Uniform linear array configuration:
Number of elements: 24
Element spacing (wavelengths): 1
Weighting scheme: cosine
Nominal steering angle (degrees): -15
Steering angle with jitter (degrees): -14.668
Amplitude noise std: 0.05
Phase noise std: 0.05

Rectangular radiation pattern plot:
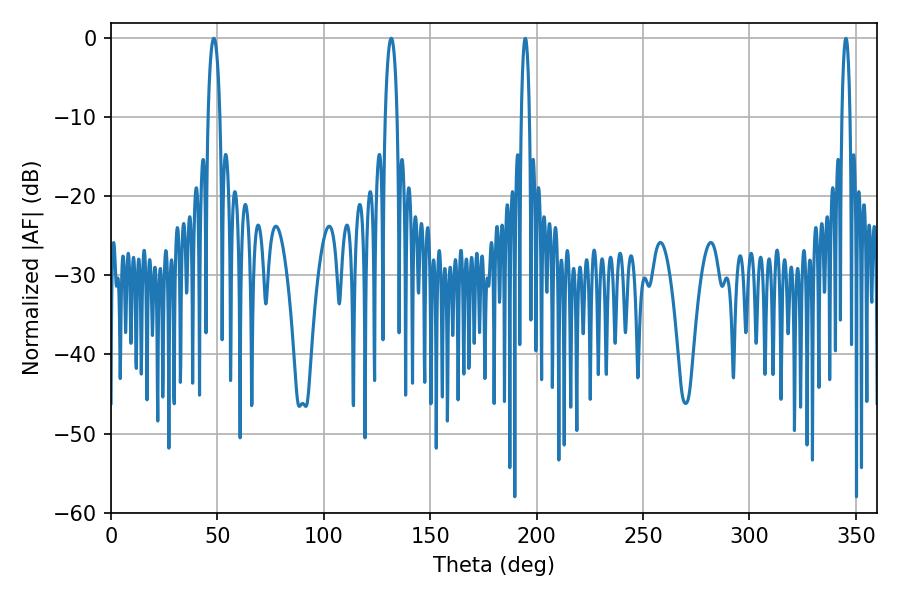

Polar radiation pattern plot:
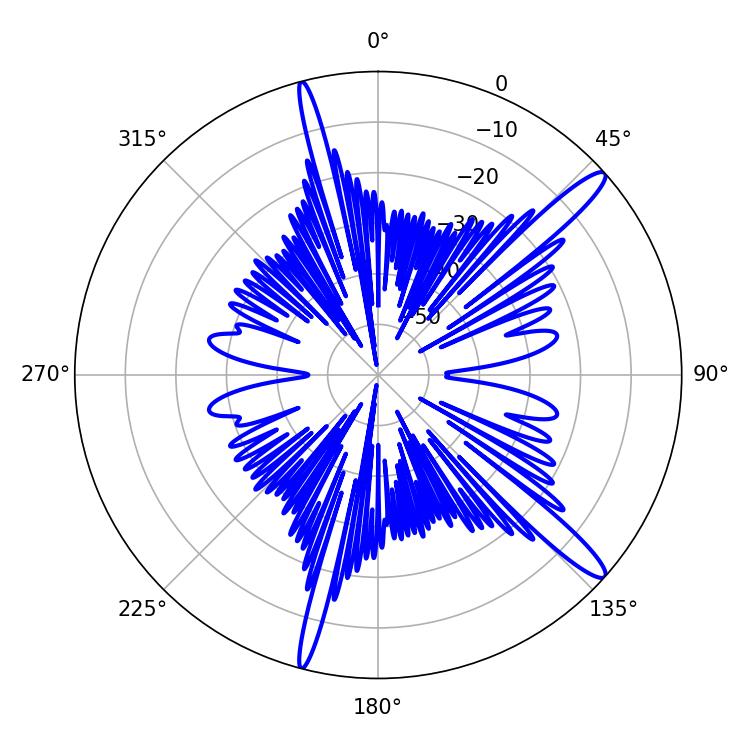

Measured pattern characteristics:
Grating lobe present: TRUE
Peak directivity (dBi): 14.456
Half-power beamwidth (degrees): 3.06
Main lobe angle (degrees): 48.24